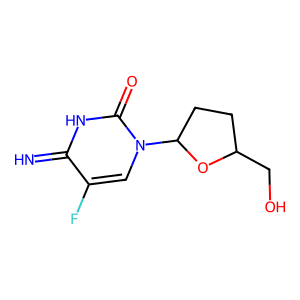
SMILES: N=c1[nH]c(=O)n(C2CCC(CO)O2)cc1F
Inhibits HIV replication: Yes